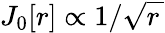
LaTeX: J_{0}[r]\propto 1/\sqrt{r\, }